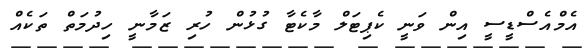
އެމްއެސްޑީސީ އިން ވަނީ ކެޕިޓަލް މާކެޓާ ގުޅުން ހުރި ޒަމާނީ ހިދުމަތް ތަކެއް